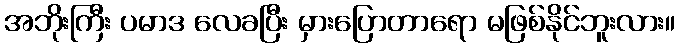
အဘိုးကြီး ပမာဒ လေခပြီး မှားပြောတာရော မဖြစ်နိုင်ဘူးလား။